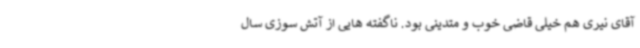
آقای نیری هم خیلی قاضی خوب و متدینی بود. ناگفته هایی از آتش سوزی سال